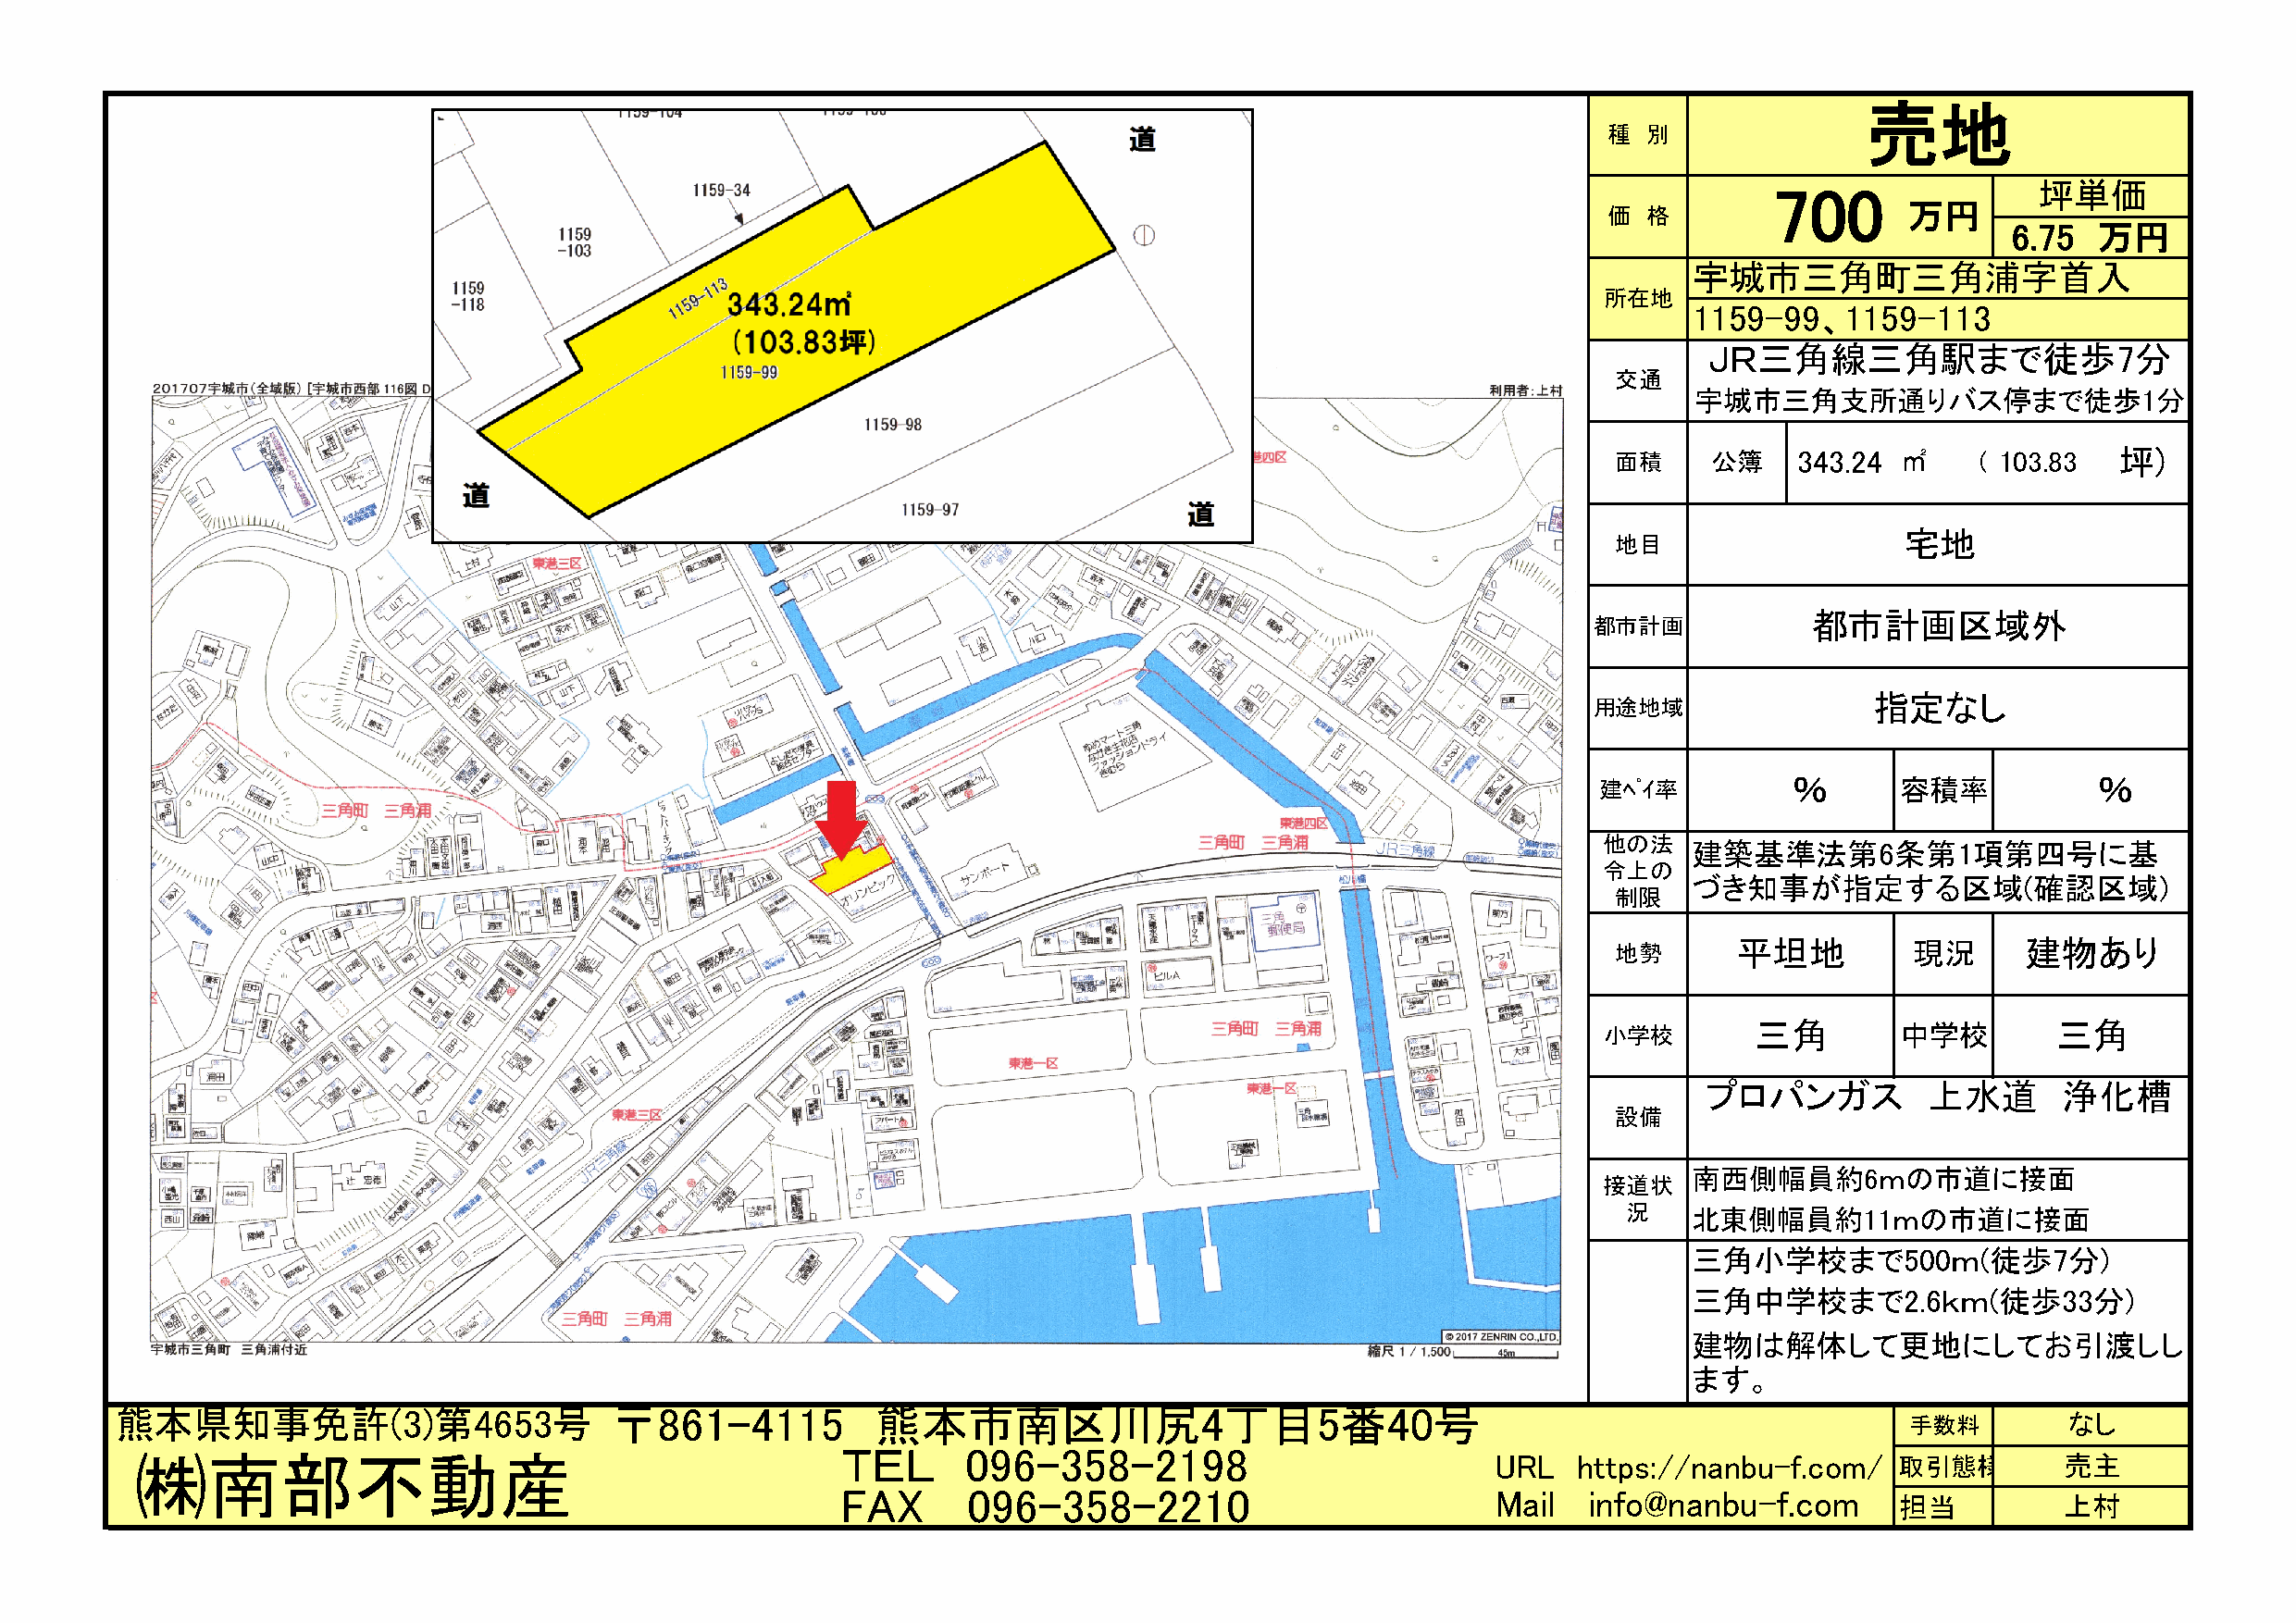
売地
 種  別
 700                坪単価
 万円
 価  格
 6.75  万円
 宇城市三角町三角浦字首入
 所在地
 1159-99、1159-113
 ＪＲ三角線三角駅まで徒歩7分
 交通
 宇城市三角支所通りバス停まで徒歩1分
 面積    公簿     343.24 ㎡     ( 103.83 坪)
 宅地
 地目
 都市計画区域外
 都市計画
 指定なし
 用途地域
 建ﾍﾟｲ率         ％       容積率           ％
 他の法   建築基準法第6条第1項第四号に基
 令上の
 づき知事が指定する区域(確認区域)
 制限
 地勢      平坦地          現況      建物あり
 小学校       三角         中学校        三角
 プロパンガス          上水道       浄化槽
 設備
 南西側幅員約6ｍの市道に接面
 接道状
 況    北東側幅員約11ｍの市道に接面
 三角小学校まで500ｍ(徒歩7分)
 三角中学校まで2.6ｋｍ(徒歩33分)
 建物は解体して更地にしてお引渡しし
 ます。
 熊本県知事免許(3)第4653号                    〒861-4115          熊本市南区川尻4丁目5番40号                                                           手数料        なし
 ＴＥＬ      096-358-2198
 ㈱南部不動産                                                                                           URL   https://nanbu-f.com/   取引態様        売主
 FAX      096-358-2210                          Mail   info@nanbu-f.com
 担当          上村